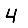
Digit: 4